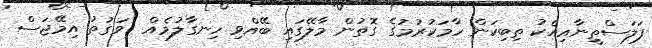
ފަލަސްތީނާއިއެކު ތިބިކަން ހާމަކުރުމުގެ ގޮތުން މާލޭގައި ބޭއްވި ހިނގާލުމެއް  ވަގުތު އިމޭޖަސް